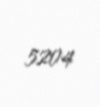
5204